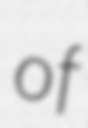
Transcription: of